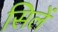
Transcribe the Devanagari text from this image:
सिलें